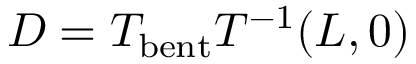
D = T _ { \mathrm { b e n t } } T ^ { - 1 } ( L , 0 )